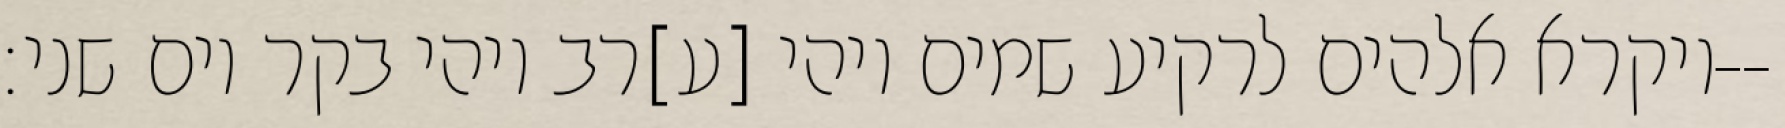
ויקרא אלהים לרקיע שמים ויהי [ע]רב ויהי בקר יום שני׃--